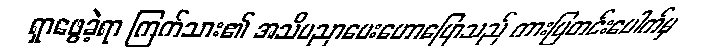
ရှာဖွေခဲ့ရာ ကြက်သား၏ အသိပညာပေးဟောပြောသည် ကားပြတင်းပေါက်မှ